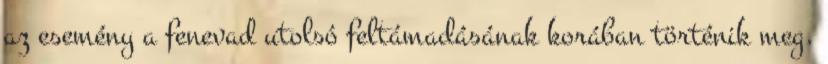
az esemény a fenevad utolsó feltámadásának korában történik meg.